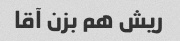
ریش هم بزن آقا